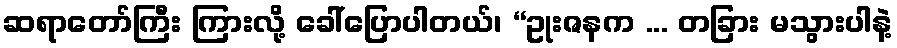
ဆရာတော်ကြီး ကြားလို့ ခေါ်ပြောပါတယ်၊ “ဥုးဇနက ... တခြား မသွားပါနဲ့